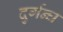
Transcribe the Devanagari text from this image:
दुर्गन्घ